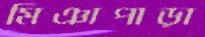
মিঞাপাড়া